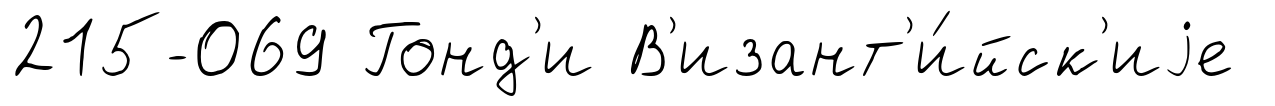
215-069 Гонд'и В'изант'и́йск'иjе